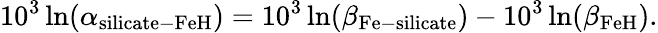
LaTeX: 10^{3}\ln(\alpha_{\mathrm{silicate-FeH}})=10^{3}\ln(\beta_{\mathrm{Fe-silicate}})-10^{3}\ln(\beta_{\mathrm{FeH}}).